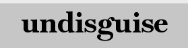
undisguise